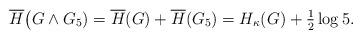
LaTeX: \begin{align*} \overline{H}\big(G \wedge G_5) = \overline{H}(G) + \overline{H}(G_5) = H_\kappa(G) + \textstyle\frac{1}{2}\log 5. \end{align*}